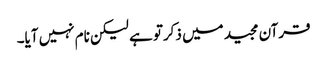
قرآن مجید میں ذکرتو ہے لیکن نام نہیں آیا۔